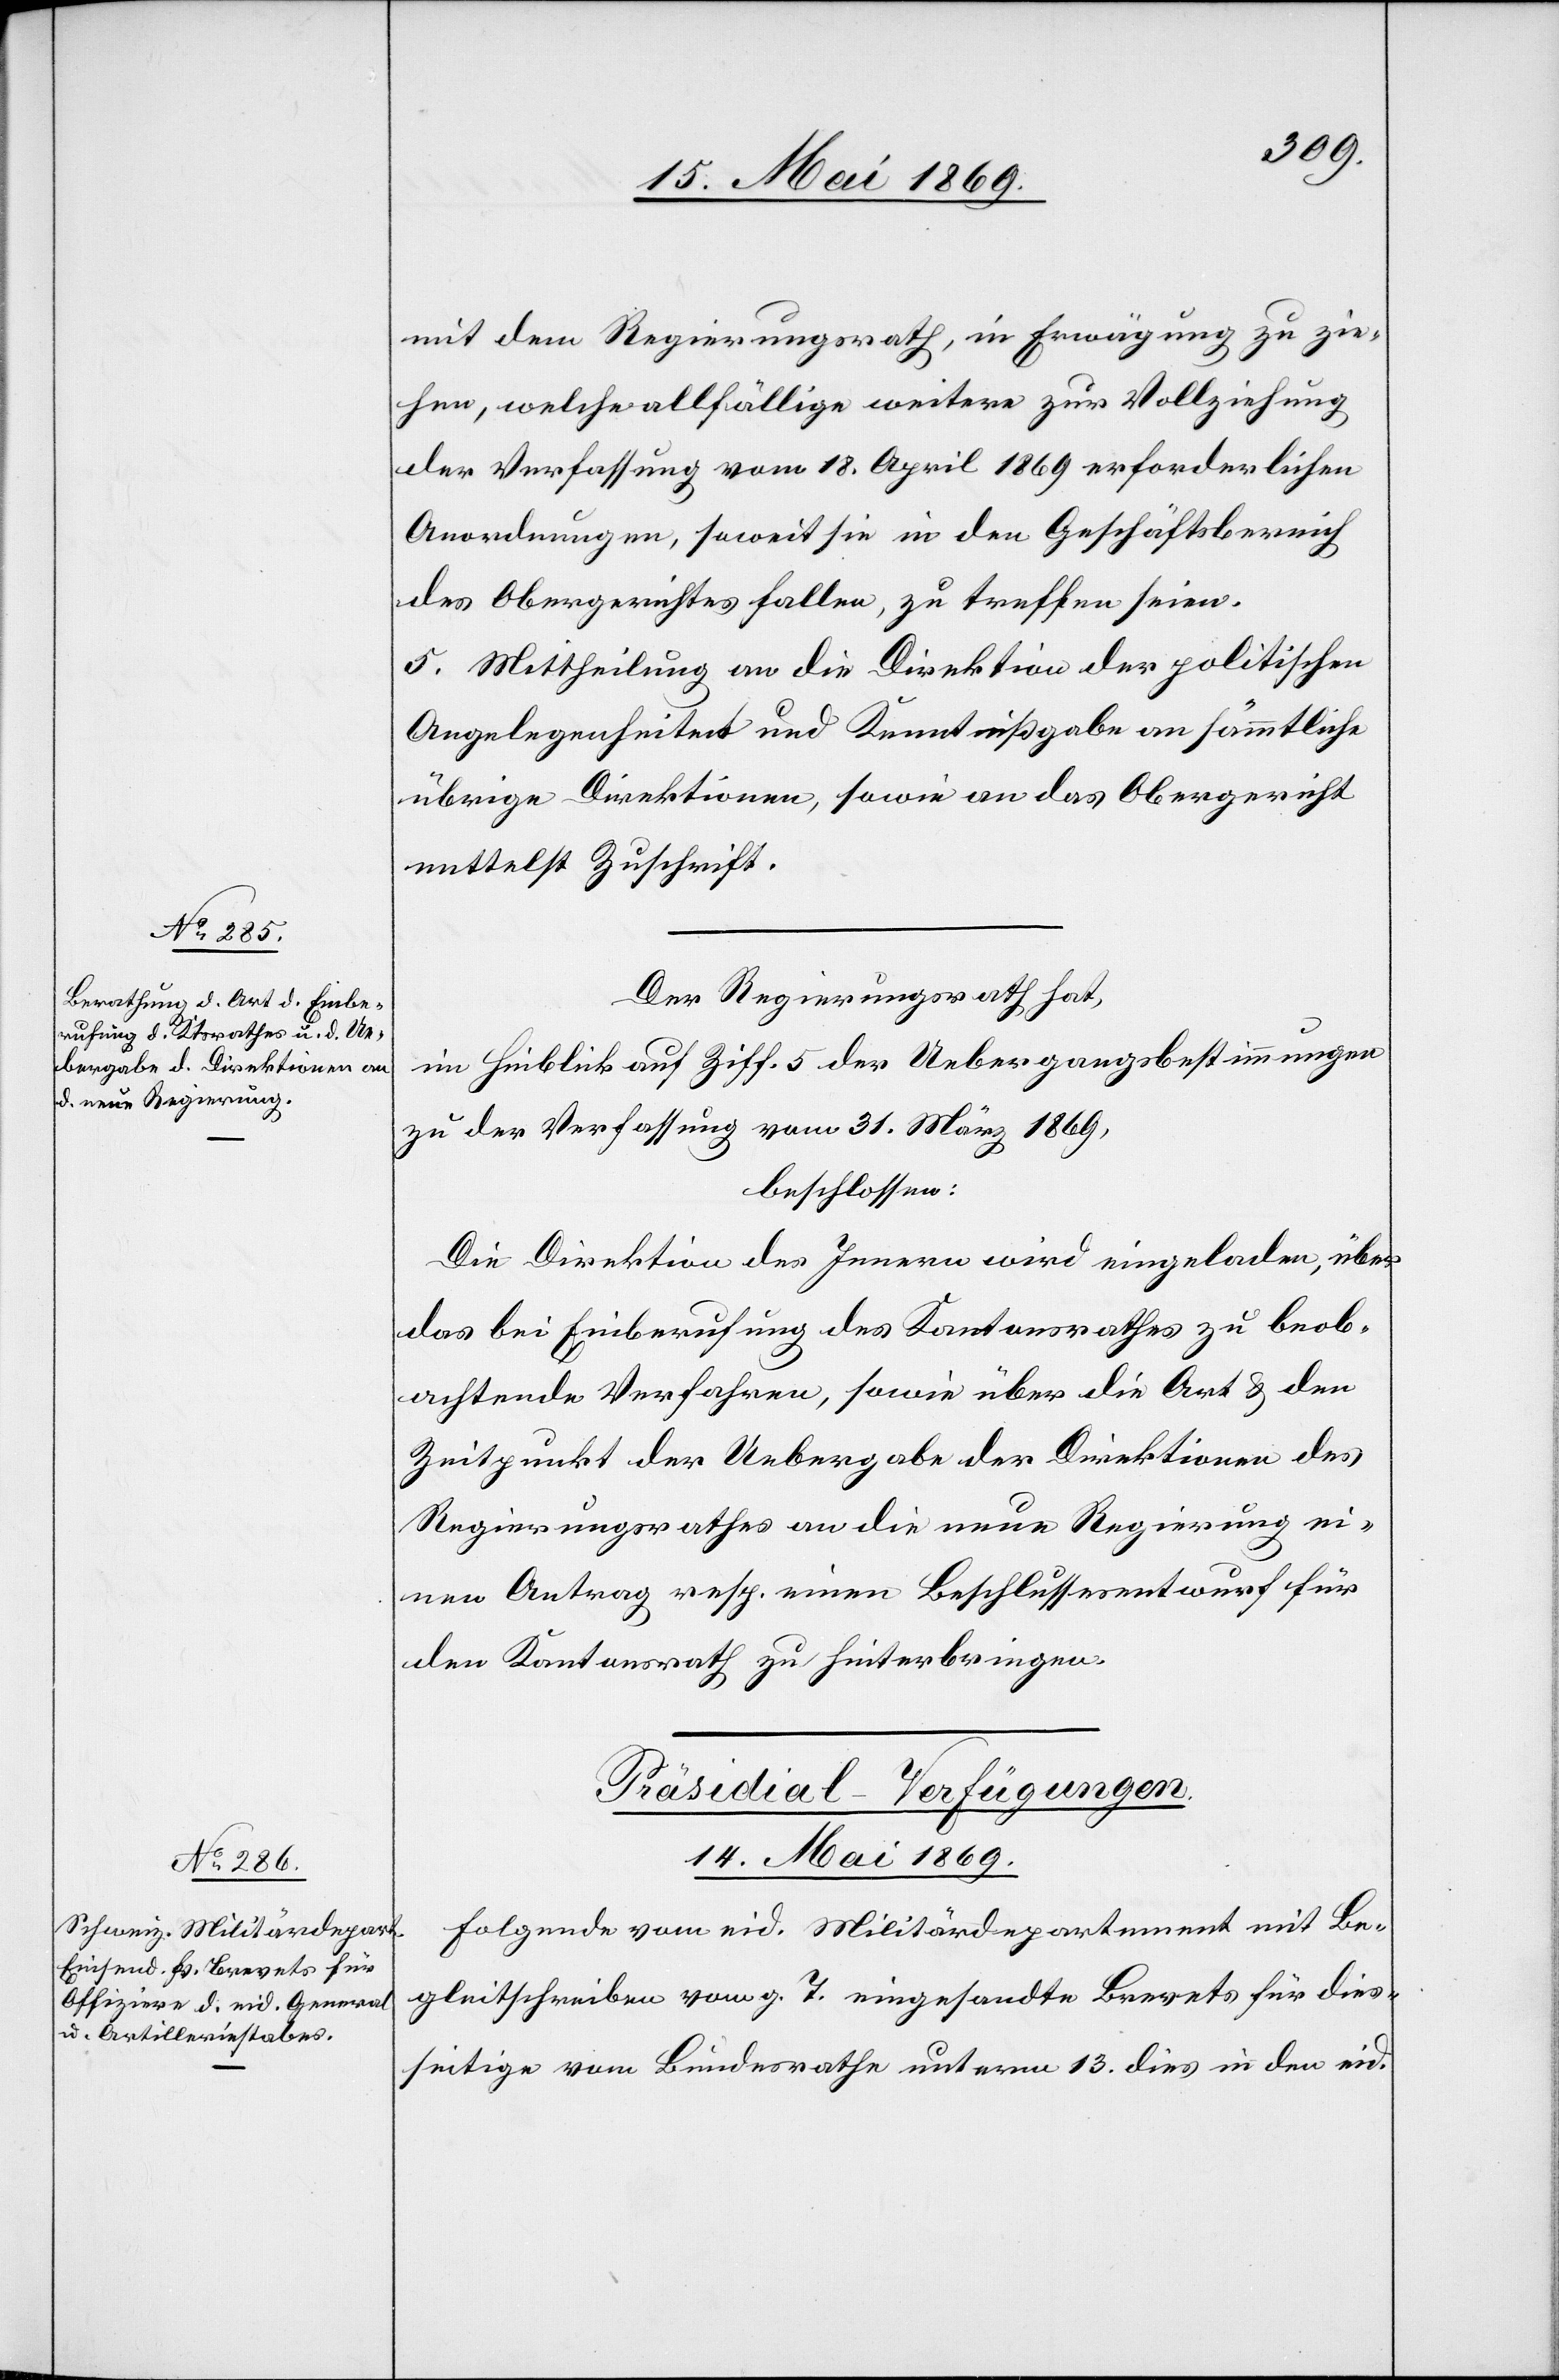
mit dem Regierungsrath, in Erwägung zu zie¬
hen, welche allfällige weitere zur Vollziehung
der Verfassung vom 18 April 1869 erforderlichen
Anordnungen, soweit sie in den Geschäftsbereich
des Obergerichtes fallen, zu treffen seien.
5. Mittheilung an die Direktion der politischen
Angelegenheiten und Kenntnißgabe an sämmtliche
übrige Direktionen, sowie an das Obergericht
mittelst Zuschrift.
Der Regierungsrath hat,
im Hinblick auf Ziff. 5 der Uebergangsbestimmungen
zu der Verfassung vom 31 März 1869,
beschlossen:
Die Direktion des Innern wird eingeladen, über
das bei Einberufung des Kantonsrathes zu beob¬
achtende Verfahren, sowie über die Art u. den
Zeitpunkt der Uebergabe der Direktionen des
Regierungsrathes an die neue Regierung ei¬
nen Antrag resp. einen Beschlussesentwurf für
den Kantonsrath zu hinterbringen.
Präsidial-Verfügungen.
14. Mai 1869.
Folgende vom eid. Militärdepartement mit Be¬
gleitschreiben vom g. T. eingesandte Brevets für dies¬
seitige vom Bundesrathe unterm 13. dies in den eid.